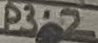
Text: P3.2